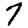
Digit: 7